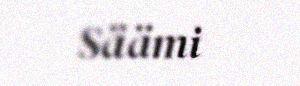
Säämi